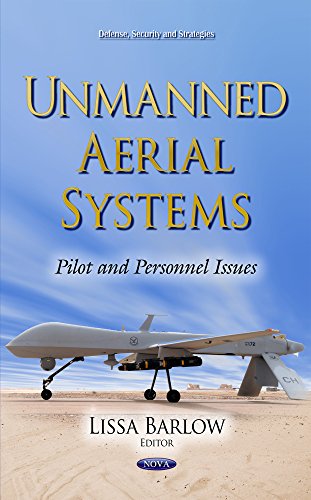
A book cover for Unmanned Aerial Systems: Pilot and Personnel Issues (Defense, Security and Strategies); Law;